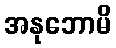
အနုဘောမိ